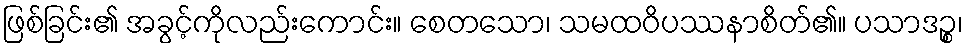
ဖြစ်ခြင်း၏ အခွင့်ကိုလည်းကောင်း။ စေတသော၊ သမထဝိပဿနာစိတ်၏။ ပသာဒဉ္စ၊